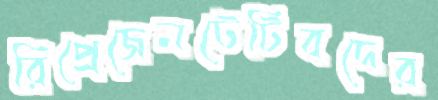
রিপ্রেজেনটেটিবদের